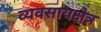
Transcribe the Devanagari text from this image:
व्यवसायक्षेत्र